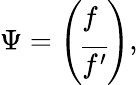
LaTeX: \Psi=\left(\begin{array}{l}{{f}}\\ {{\overline{{{f^{\prime}}}}}}\end{array}\right),